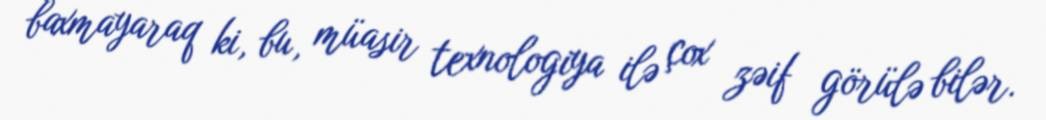
baxmayaraq ki, bu, müasir texnologiya ilə çox zəif görülə bilər.